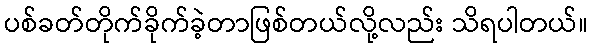
ပစ်ခတ်တိုက်ခိုက်ခဲ့တာဖြစ်တယ်လို့လည်း သိရပါတယ်။